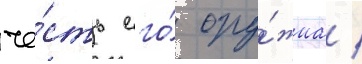
че́сть его́ ору́жиа /